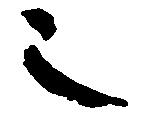
也